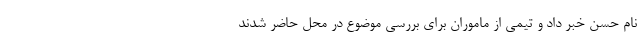
نام حسن خبر داد و تیمی از ماموران برای بررسی موضوع در محل حاضر شدند